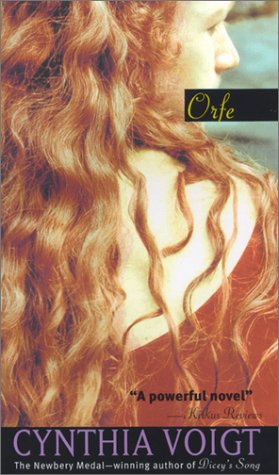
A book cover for Orfe; Cynthia Voigt; Teen & Young Adult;